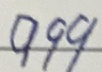
9 9 9